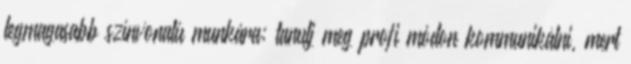
legmagasabb színvonalú munkára; tanulj meg profi módon kommunikálni, mert